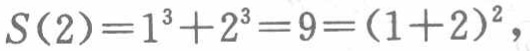
$S(2)=1^{3}+2^{3}=9=(1 + 2)^{2},$